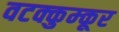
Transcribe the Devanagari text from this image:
वटक्कुम्कूर